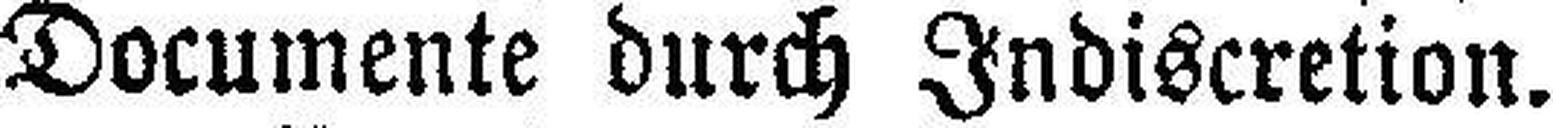
Documente durch Indiscretion.